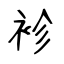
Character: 袗